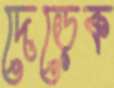
দেড়েক